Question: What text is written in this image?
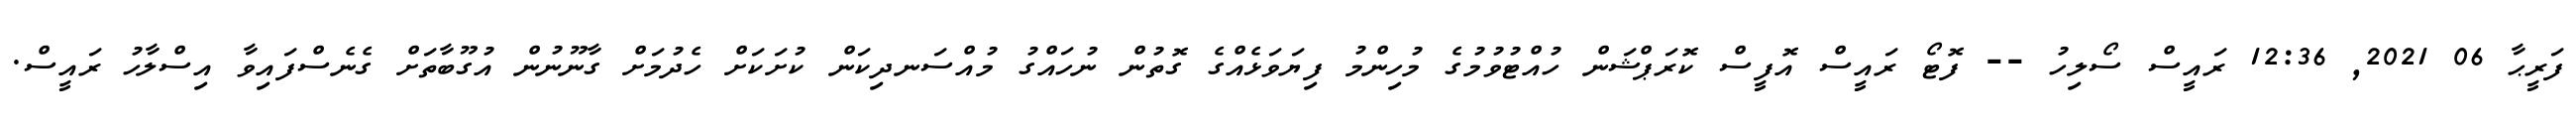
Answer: ފަރީޙާ 06 2021, 12:36 ރައީސް ސޯލިހު -- ފޮޓޯ ރައީސް އޮފީސް ކޮރަޕްޝަން ހުއްޓުވުމުގެ މުހިންމު ފިޔަވަޅެއްގެ ގޮތުން ނުހައްގު މުއްސަނދިކަން ކުށަކަށް ހެދުމަށް ގާނޫނުން އުގޫބާތަށް ގެނެސްފައިވާ އިސްލާހު ރައީސް.